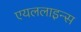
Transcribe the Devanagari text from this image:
एयललाइन्स